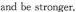
and be stronger.